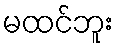
မထင်ဘူး